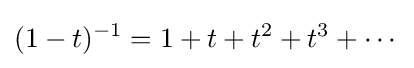
(1-t)^{-1}=1+t+t^{2}+t^{3}+\cdots